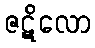
ဇဋိလော